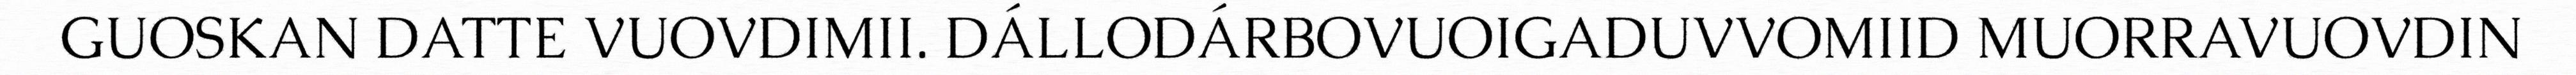
GUOSKAN DATTE VUOVDIMII. DÁLLODÁRBOVUOIGADUVVOMIID MUORRAVUOVDIN